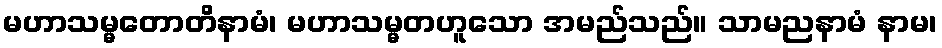
မဟာသမ္မတောတိနာမံ၊ မဟာသမ္မတဟူသော အမည်သည်။ သာမညနာမံ နာမ၊